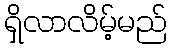
ရှိလာလိမ့်မည်